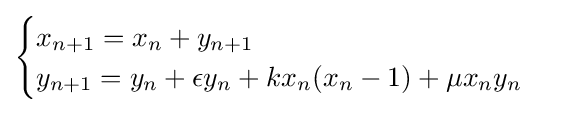
{\begin{cases}x_{n+1}=x_{n}+y_{n+1}\\y_{n+1}=y_{n}+\epsilon y_{n}+kx_{n}(x_{n}-1)+\mu x_{n}y_{n}\end{cases}}